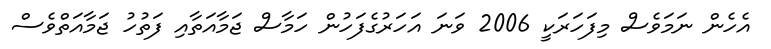
އެހެން ނަމަވެސް މިފަހަރަކީ 2006 ވަނަ އަހަރުގެފަހުން ހަމާސް ޖަމާއަތާއި ފަތުހު ޖަމާއަތްވެސް